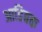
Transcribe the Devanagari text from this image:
आडिबक